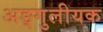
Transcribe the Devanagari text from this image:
अङ्गुलीयक